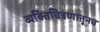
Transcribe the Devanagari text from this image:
व्यक्तिचित्रणातूनच